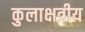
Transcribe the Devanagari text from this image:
कुलाक्षत्रीय